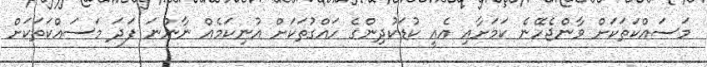
މަސައްކަތަކަށް ވާންޖެހޭނެ ކަމަށާއި އެއީ ކުޑަކުދިންގެ ހައްގުތަކަށް އުނިކަމެއް ނާންނަ ފަދަ މަސައްކަތަކަށް